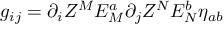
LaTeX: g _ { i j } = \partial _ { i } Z ^ { M } E _ { M } ^ { a } \partial _ { j } Z ^ { N } E _ { N } ^ { b } \eta _ { a b }